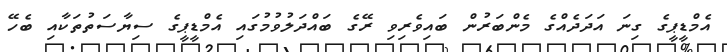
އެމްޑީޕީގެ ގިނަ އަދަދެއްގެ މެންބަރުން ބައިވެރިވި ރޭގެ ބައްދަލުވުމުގައި އެމްޑީޕީގެ ސިޔާސަތުތަކާއި ބެހޭ